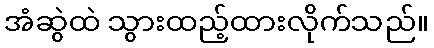
အံဆွဲထဲ သွားထည့်ထားလိုက်သည်။